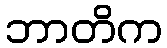
ဘာတိက